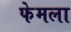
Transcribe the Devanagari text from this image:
फेमला